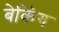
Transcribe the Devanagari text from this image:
बेकिँग